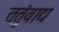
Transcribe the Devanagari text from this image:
ततुंवाद्य